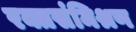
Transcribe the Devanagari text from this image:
रक्तसंमिश्रण